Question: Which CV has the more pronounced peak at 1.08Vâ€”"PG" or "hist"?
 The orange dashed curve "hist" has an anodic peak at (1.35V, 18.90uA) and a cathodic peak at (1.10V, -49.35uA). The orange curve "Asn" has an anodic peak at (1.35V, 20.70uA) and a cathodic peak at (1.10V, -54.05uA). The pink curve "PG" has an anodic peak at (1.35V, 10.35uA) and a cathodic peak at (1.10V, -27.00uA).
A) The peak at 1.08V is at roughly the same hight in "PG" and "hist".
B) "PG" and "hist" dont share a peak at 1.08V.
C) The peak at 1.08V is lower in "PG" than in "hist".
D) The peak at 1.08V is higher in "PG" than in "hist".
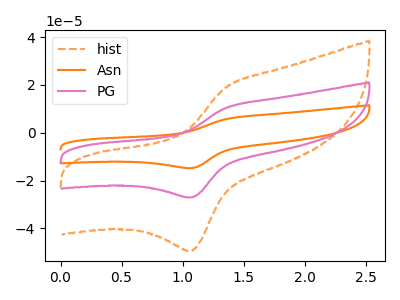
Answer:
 <answer>C) The peak at 1.08V is lower in "PG" than in "hist".</answer>
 <eval>C</eval>